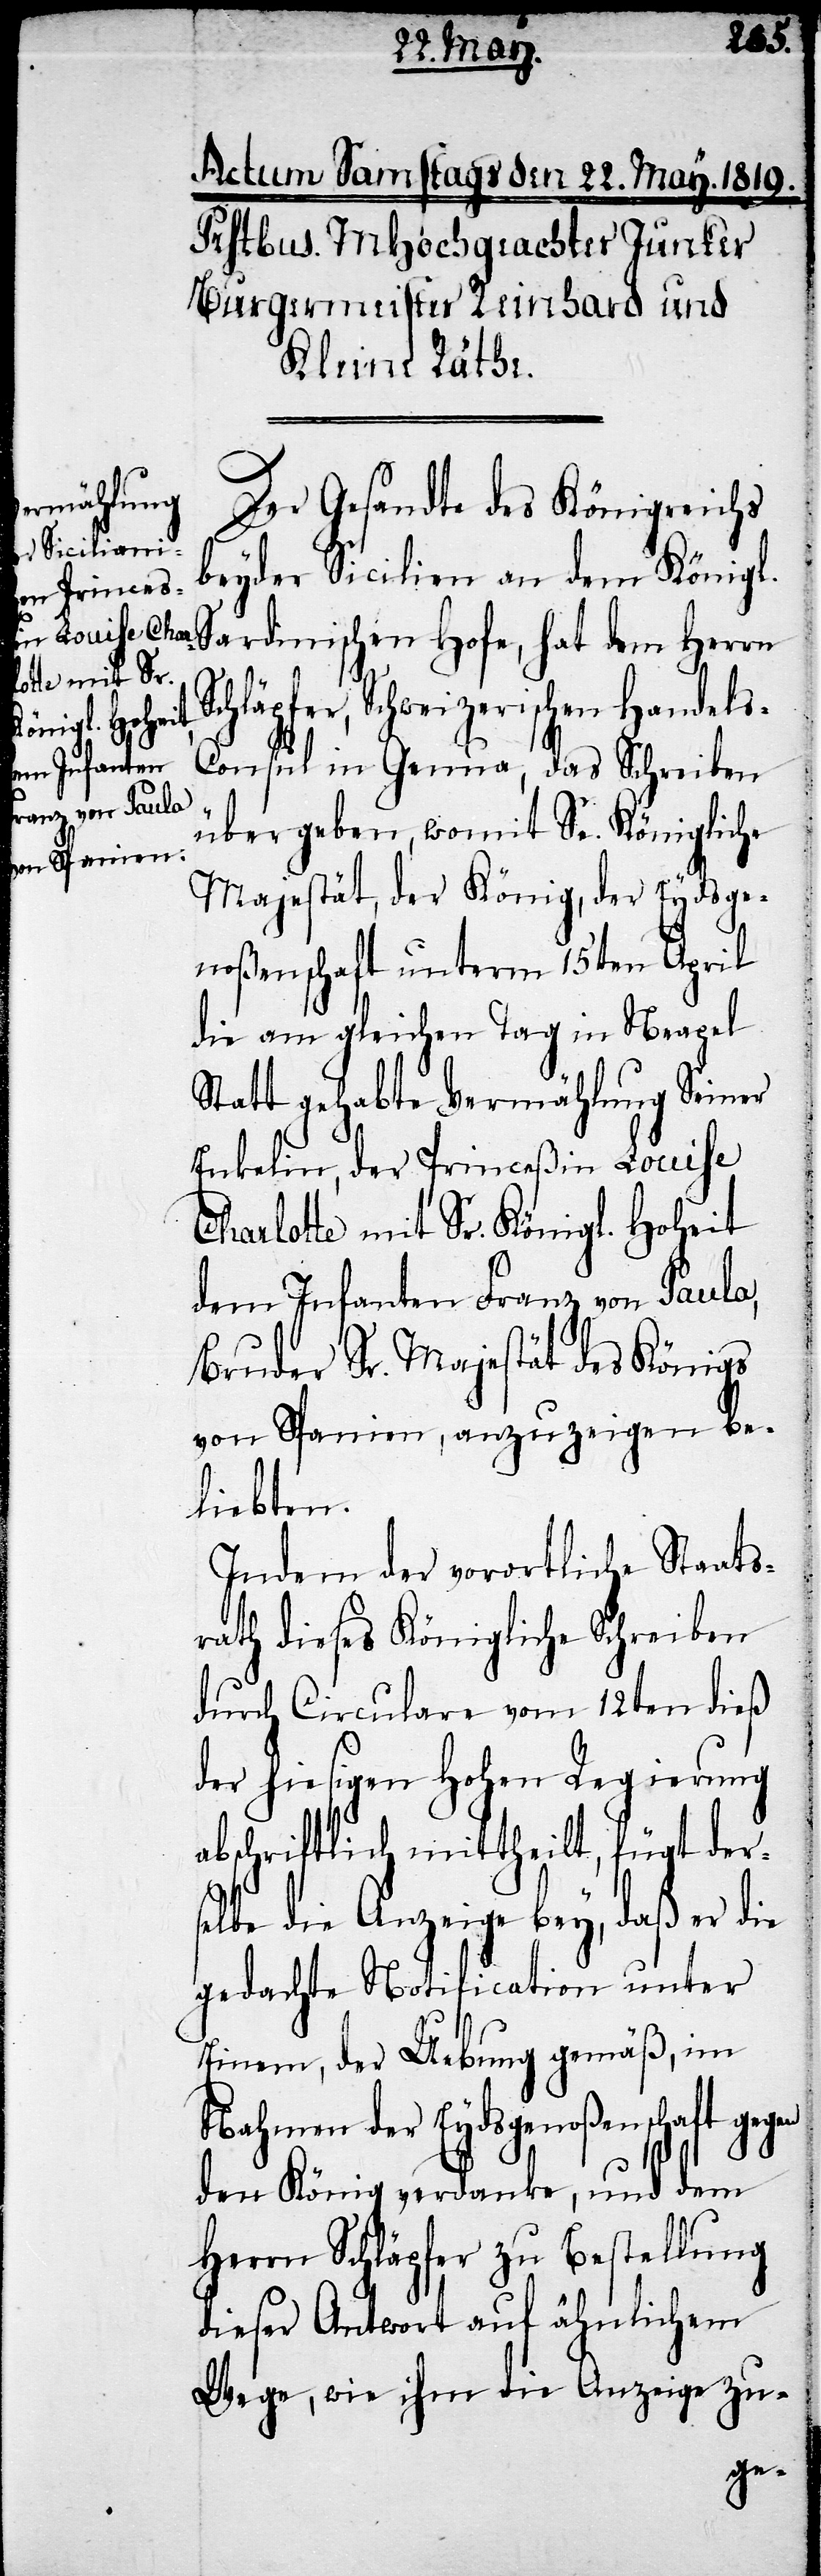
Der Gesandte des Königreichs
beyder Sicilien an dem König¬
l. Sardinischen Hofe, hat dem Herrn
Schweizerischen Handel¬
s-Consul in Genua, das Schreiben
übergeben, womit Se. Königliche
Majestät, der König, der Eydsge¬
noßenschaft unterm 15ten April
die am gleichen Tag in Neapel
Statt gehabte Vermählung Seiner
Enkelin, der Princeßin Louise
Charlotte mit Sr. Königl. Hoheit
dem Infanten Franz von Paula,
Bruder Sr. Majestät des Königs
von Spanien, anzuzeigen be¬
liebten.
Indem der vorortliche Staats¬
rath dieses Königliche Schreiben
durch Circulare vom 12ten dieß
der hiesigen Hohen Regierung
abschriftlich mittheilt, fügt ders¬
elbe die Anzeige bey, daß er die
gedachte Notification unter
Einem, der Uebung gemäß, im
Nahmen der Eydgenoßenschaft gegen
den König verdanke, und dem
Herrn Schläpfer zu Bestellung
dieser Antwort auf ähnlichem
Wege, wie ihm die Anzeige zu-